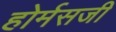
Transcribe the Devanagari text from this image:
होर्मसजी